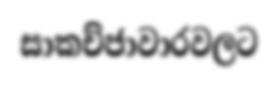
සාකච්ජාවාරවලට